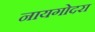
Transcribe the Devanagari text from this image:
नायगोदरा